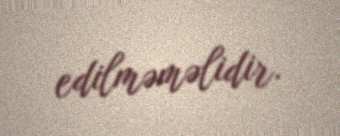
edilməməlidir.